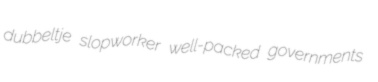
dubbeltje slopworker well-packed governments